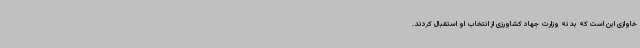
خاوازی این است که بدنه وزارت جهاد کشاورزی از انتخاب او استقبال کردند.